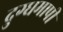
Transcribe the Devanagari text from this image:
दुग्धमापी